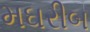
મઘરીબ